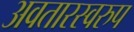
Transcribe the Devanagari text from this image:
अवतारस्वरुप